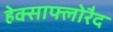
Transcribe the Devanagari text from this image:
हेक्साफ्लोरैद